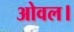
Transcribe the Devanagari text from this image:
ओवल।